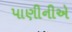
પાણીનીએ